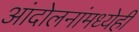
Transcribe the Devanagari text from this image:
आंदोलनांमध्येही